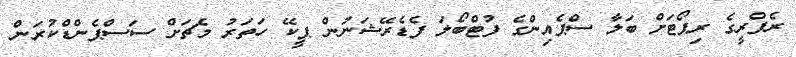
ރެފްރީގެ ރިޕޯޓަށް ބަލާ ސްޕެއިންގެ ފުޓްބޯލަ ފެޑެރޭޝަނުން ޕީކޭ ހަތަރު މެޗަށް ސަސްޕެންޑްކުރަން